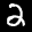
Label: 2